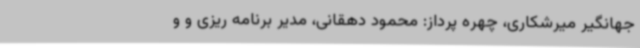
جهانگیر میرشکاری، چهره پرداز: محمود دهقانی، مدیر برنامه ریزی و و